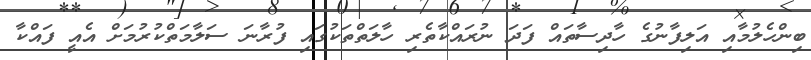
ބިންހެލުމާއި އަލިފާނުގެ ހާދިސާތައް ފަދަ ނުރައްކާތެރި ހާލަތްތަކުގައި ފުރާނަ ސަލާމަތްކުރުމަށް އެއީ ފައްކާ